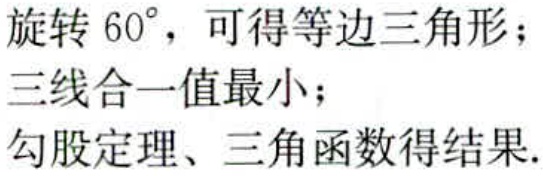
旋转 \(60^{\circ}\)，可得等边三角形；

三线合一值最小；

勾股定理、三角函数得结果.